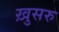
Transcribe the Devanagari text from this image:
ख़ुसरु